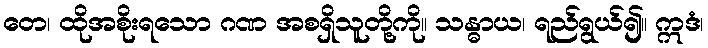
တေ၊ ထိုအစိုးရသော ဂဏ အစရှိသူတို့ကို။ သန္ဓာယ၊ ရည်ရွယ်၍။ ဣဒံ၊